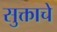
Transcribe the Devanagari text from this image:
सुक्ताचे